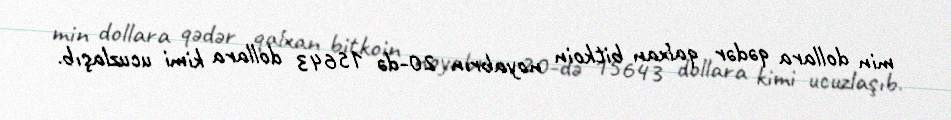
min dollara qədər qalxan bitkoin noyabrın 20-də 15643 dollara kimi ucuzlaşıb.